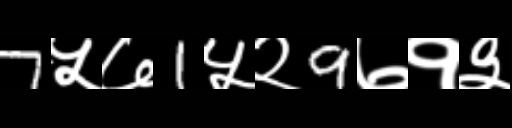
Text: 7५७1५२9७१३